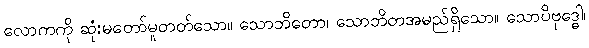
လောကကို ဆုံးမတော်မူတတ်သော။ သောဘိတော၊ သောဘိတအမည်ရှိသော။ သောပိဗုဒ္ဓေါ၊